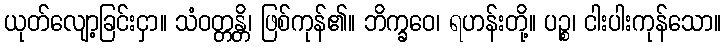
ယုတ်လျော့ခြင်းငှာ။ သံဝတ္တန္တိ၊ ဖြစ်ကုန်၏။ ဘိက္ခဝေ၊ ရဟန်းတို့။ ပဉ္စ၊ ငါးပါးကုန်သော။